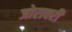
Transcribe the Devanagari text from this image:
जोरावरी